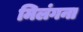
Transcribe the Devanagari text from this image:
मिलंगना